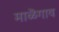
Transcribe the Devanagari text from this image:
माळॆगाव